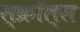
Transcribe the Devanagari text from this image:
स्क्रॉल्स